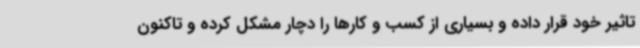
تاثیر خود قرار داده و بسیاری از کسب و کارها را دچار مشکل کرده و تاکنون